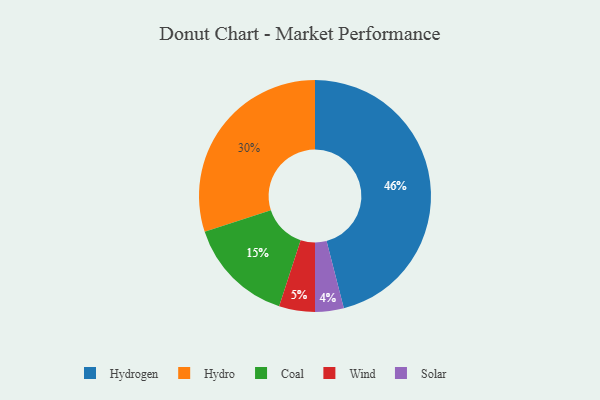
{"axis": {"x": "Category", "y": "Percentage"}, "legend": ["Coal", "Hydro", "Hydrogen", "Solar", "Wind"], "data": [{"x": "Hydro", "y": 30, "type": "Hydro"}, {"x": "Solar", "y": 4, "type": "Solar"}, {"x": "Coal", "y": 15, "type": "Coal"}, {"x": "Hydrogen", "y": 46, "type": "Hydrogen"}, {"x": "Wind", "y": 5, "type": "Wind"}]}